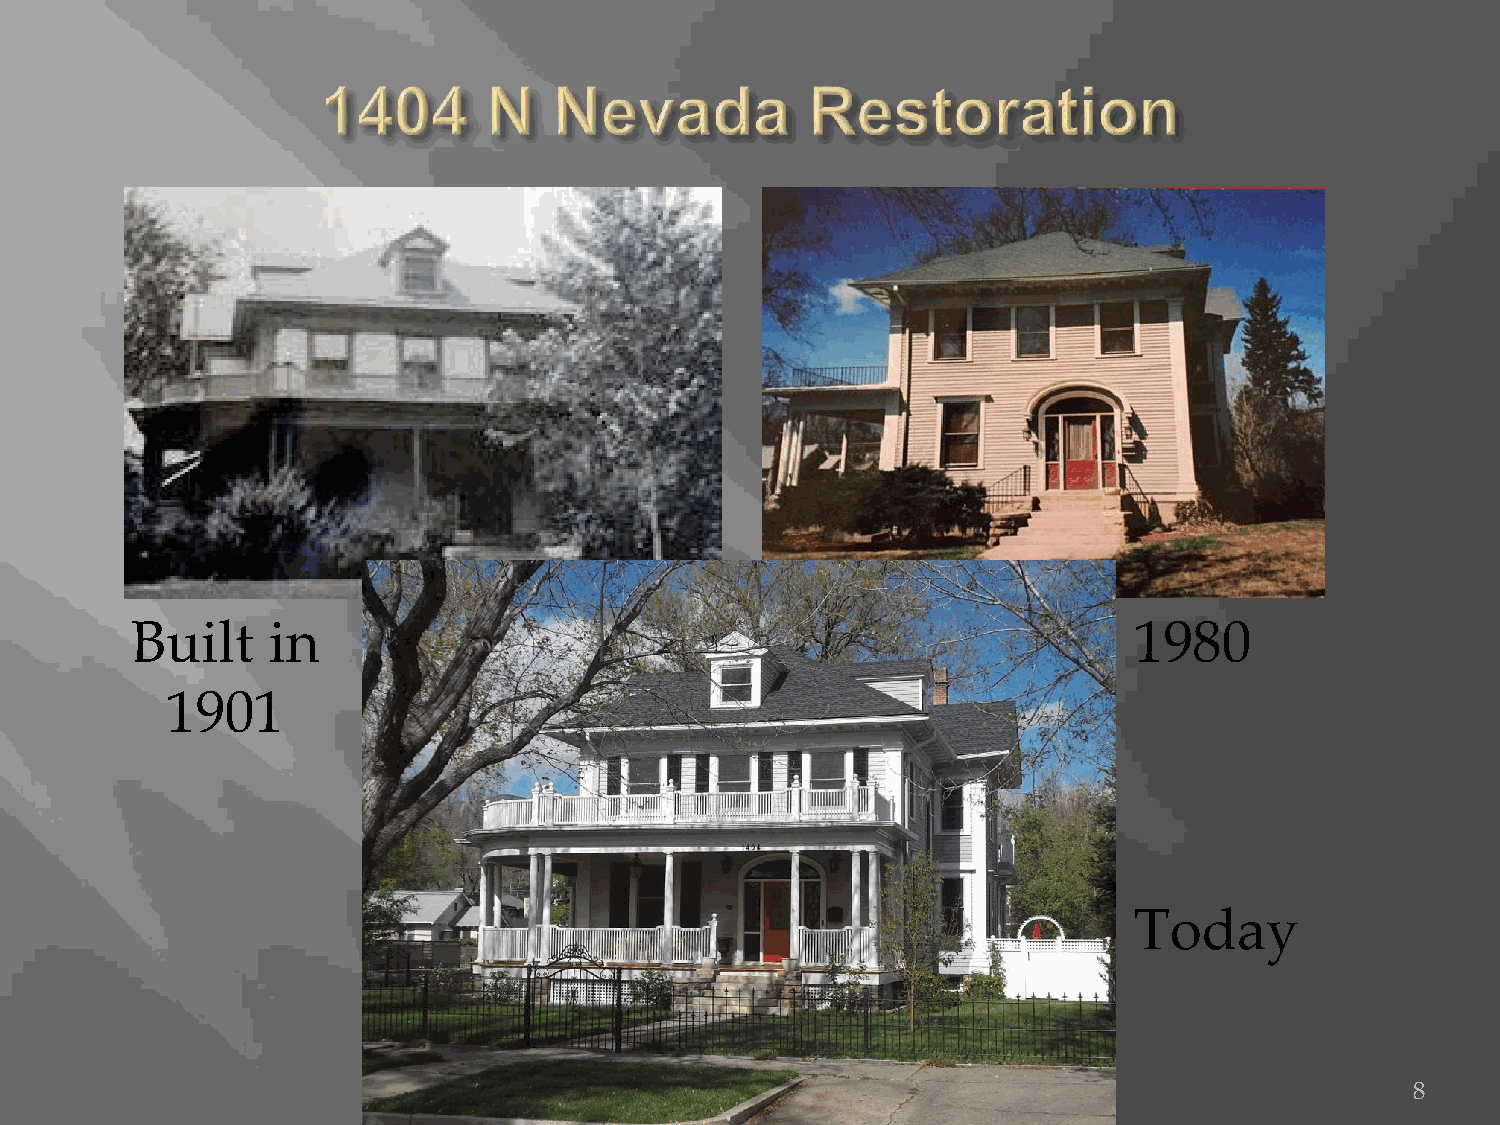
Built    in                                                       1980
 1901
 Today
 8